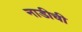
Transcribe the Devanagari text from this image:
नाडीची